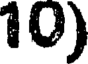
10)